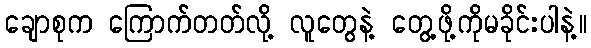
ချောစုက ကြောက်တတ်လို့ လူတွေနဲ့ တွေ့ဖို့ကိုမခိုင်းပါနဲ့။